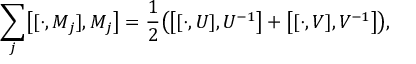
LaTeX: \sum _ { j } \bigl [ [ \cdot , M _ { j } ] , M _ { j } \bigr ] = { \frac { 1 } { 2 } } \bigl ( \bigl [ [ \cdot , U ] , U ^ { - 1 } \bigr ] + \bigl [ [ \cdot , V ] , V ^ { - 1 } \bigr ] \bigr ) , \nonumber